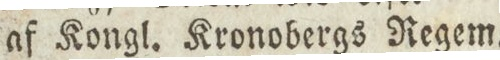
af Kongl. Kronobergs Regem.